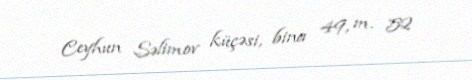
Ceyhun Səlimov küçəsi, bina 49, m. 52